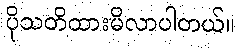
ပိုသတိထားမိလာပါတယ်။